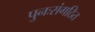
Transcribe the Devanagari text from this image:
पुनःसंगठित